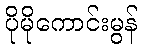
ပိုမိုကောင်းမွန်